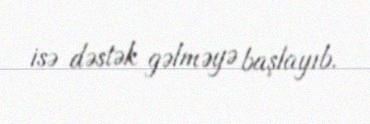
isə dəstək gəlməyə başlayıb.